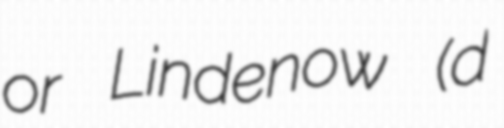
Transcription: or Lindenow (d